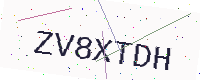
Text: ZV8XTDH